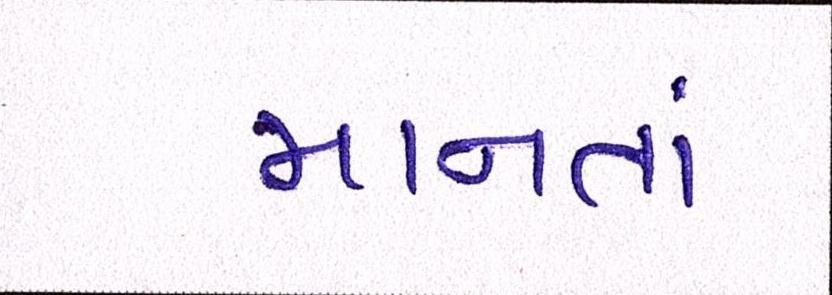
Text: માનતાં